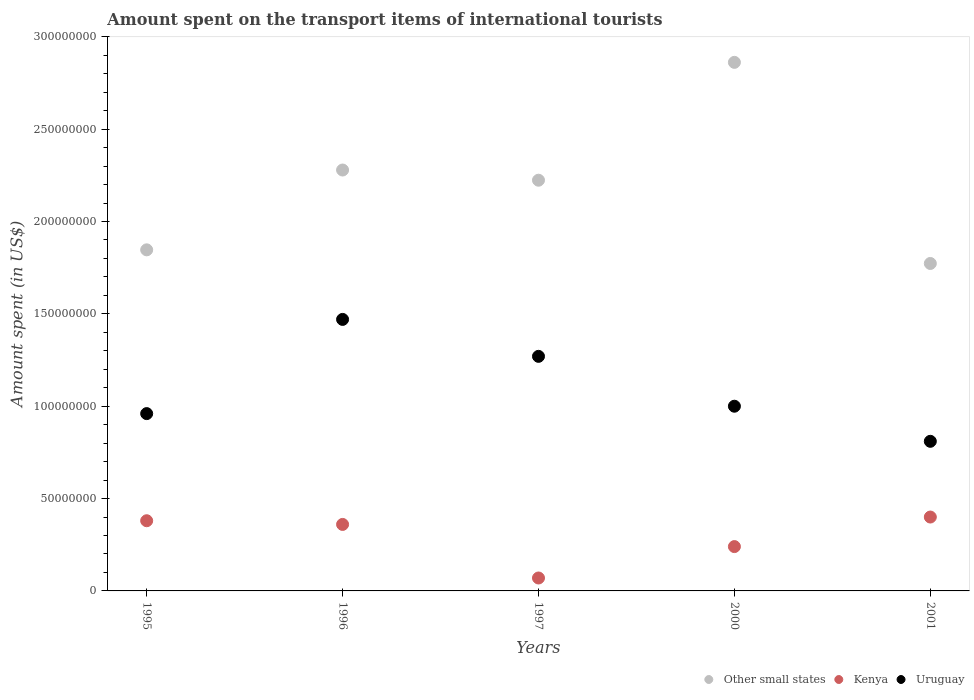
| Years | Other small states | Kenya | Uruguay |
 | --- | --- | --- | --- |
 | 1995 | 1.85e+08 | 3.8e+07 | 9.6e+07 |
 | 1996 | 2.28e+08 | 3.6e+07 | 1.47e+08 |
 | 1997 | 2.22e+08 | 7e+06 | 1.27e+08 |
 | 2000 | 2.86e+08 | 2.4e+07 | 1e+08 |
 | 2001 | 1.77e+08 | 4e+07 | 8.1e+07 |